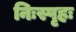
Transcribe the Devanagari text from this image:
निःस्पृहः